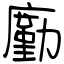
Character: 㢙